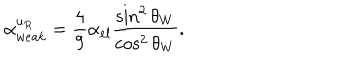
\alpha _ { w e a k } ^ { u _ { R } } = \frac { 4 } { 9 } \alpha _ { e l } \frac { \sin ^ { 2 } \theta _ { W } } { \cos ^ { 2 } \theta _ { W } } .